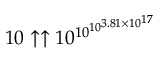
1 0 \uparrow \uparrow 1 0 ^ { \, \! 1 0 ^ { 1 0 ^ { 3 . 8 1 \times 1 0 ^ { 1 7 } } } }